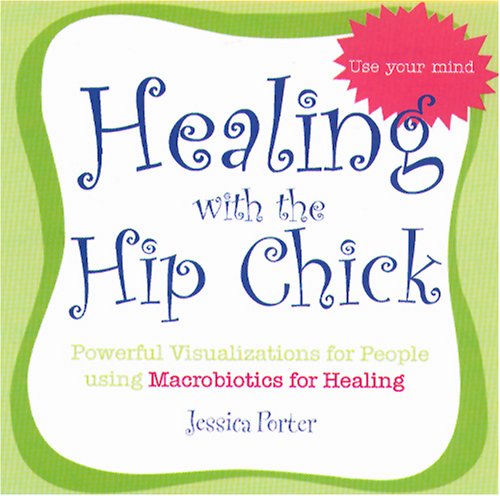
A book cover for Healing with the Hip Chick; Jessica Porter; Health, Fitness & Dieting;